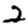
Digit: 2